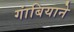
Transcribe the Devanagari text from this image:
गांबियाने